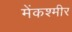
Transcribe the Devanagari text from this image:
मेंकश्मीर